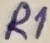
Text: R1